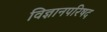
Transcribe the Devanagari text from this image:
विज्ञानपरिषद